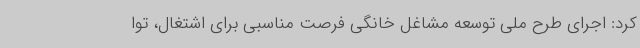
کرد: اجرای طرح ملی توسعه مشاغل خانگی فرصت مناسبی برای اشتغال، توا